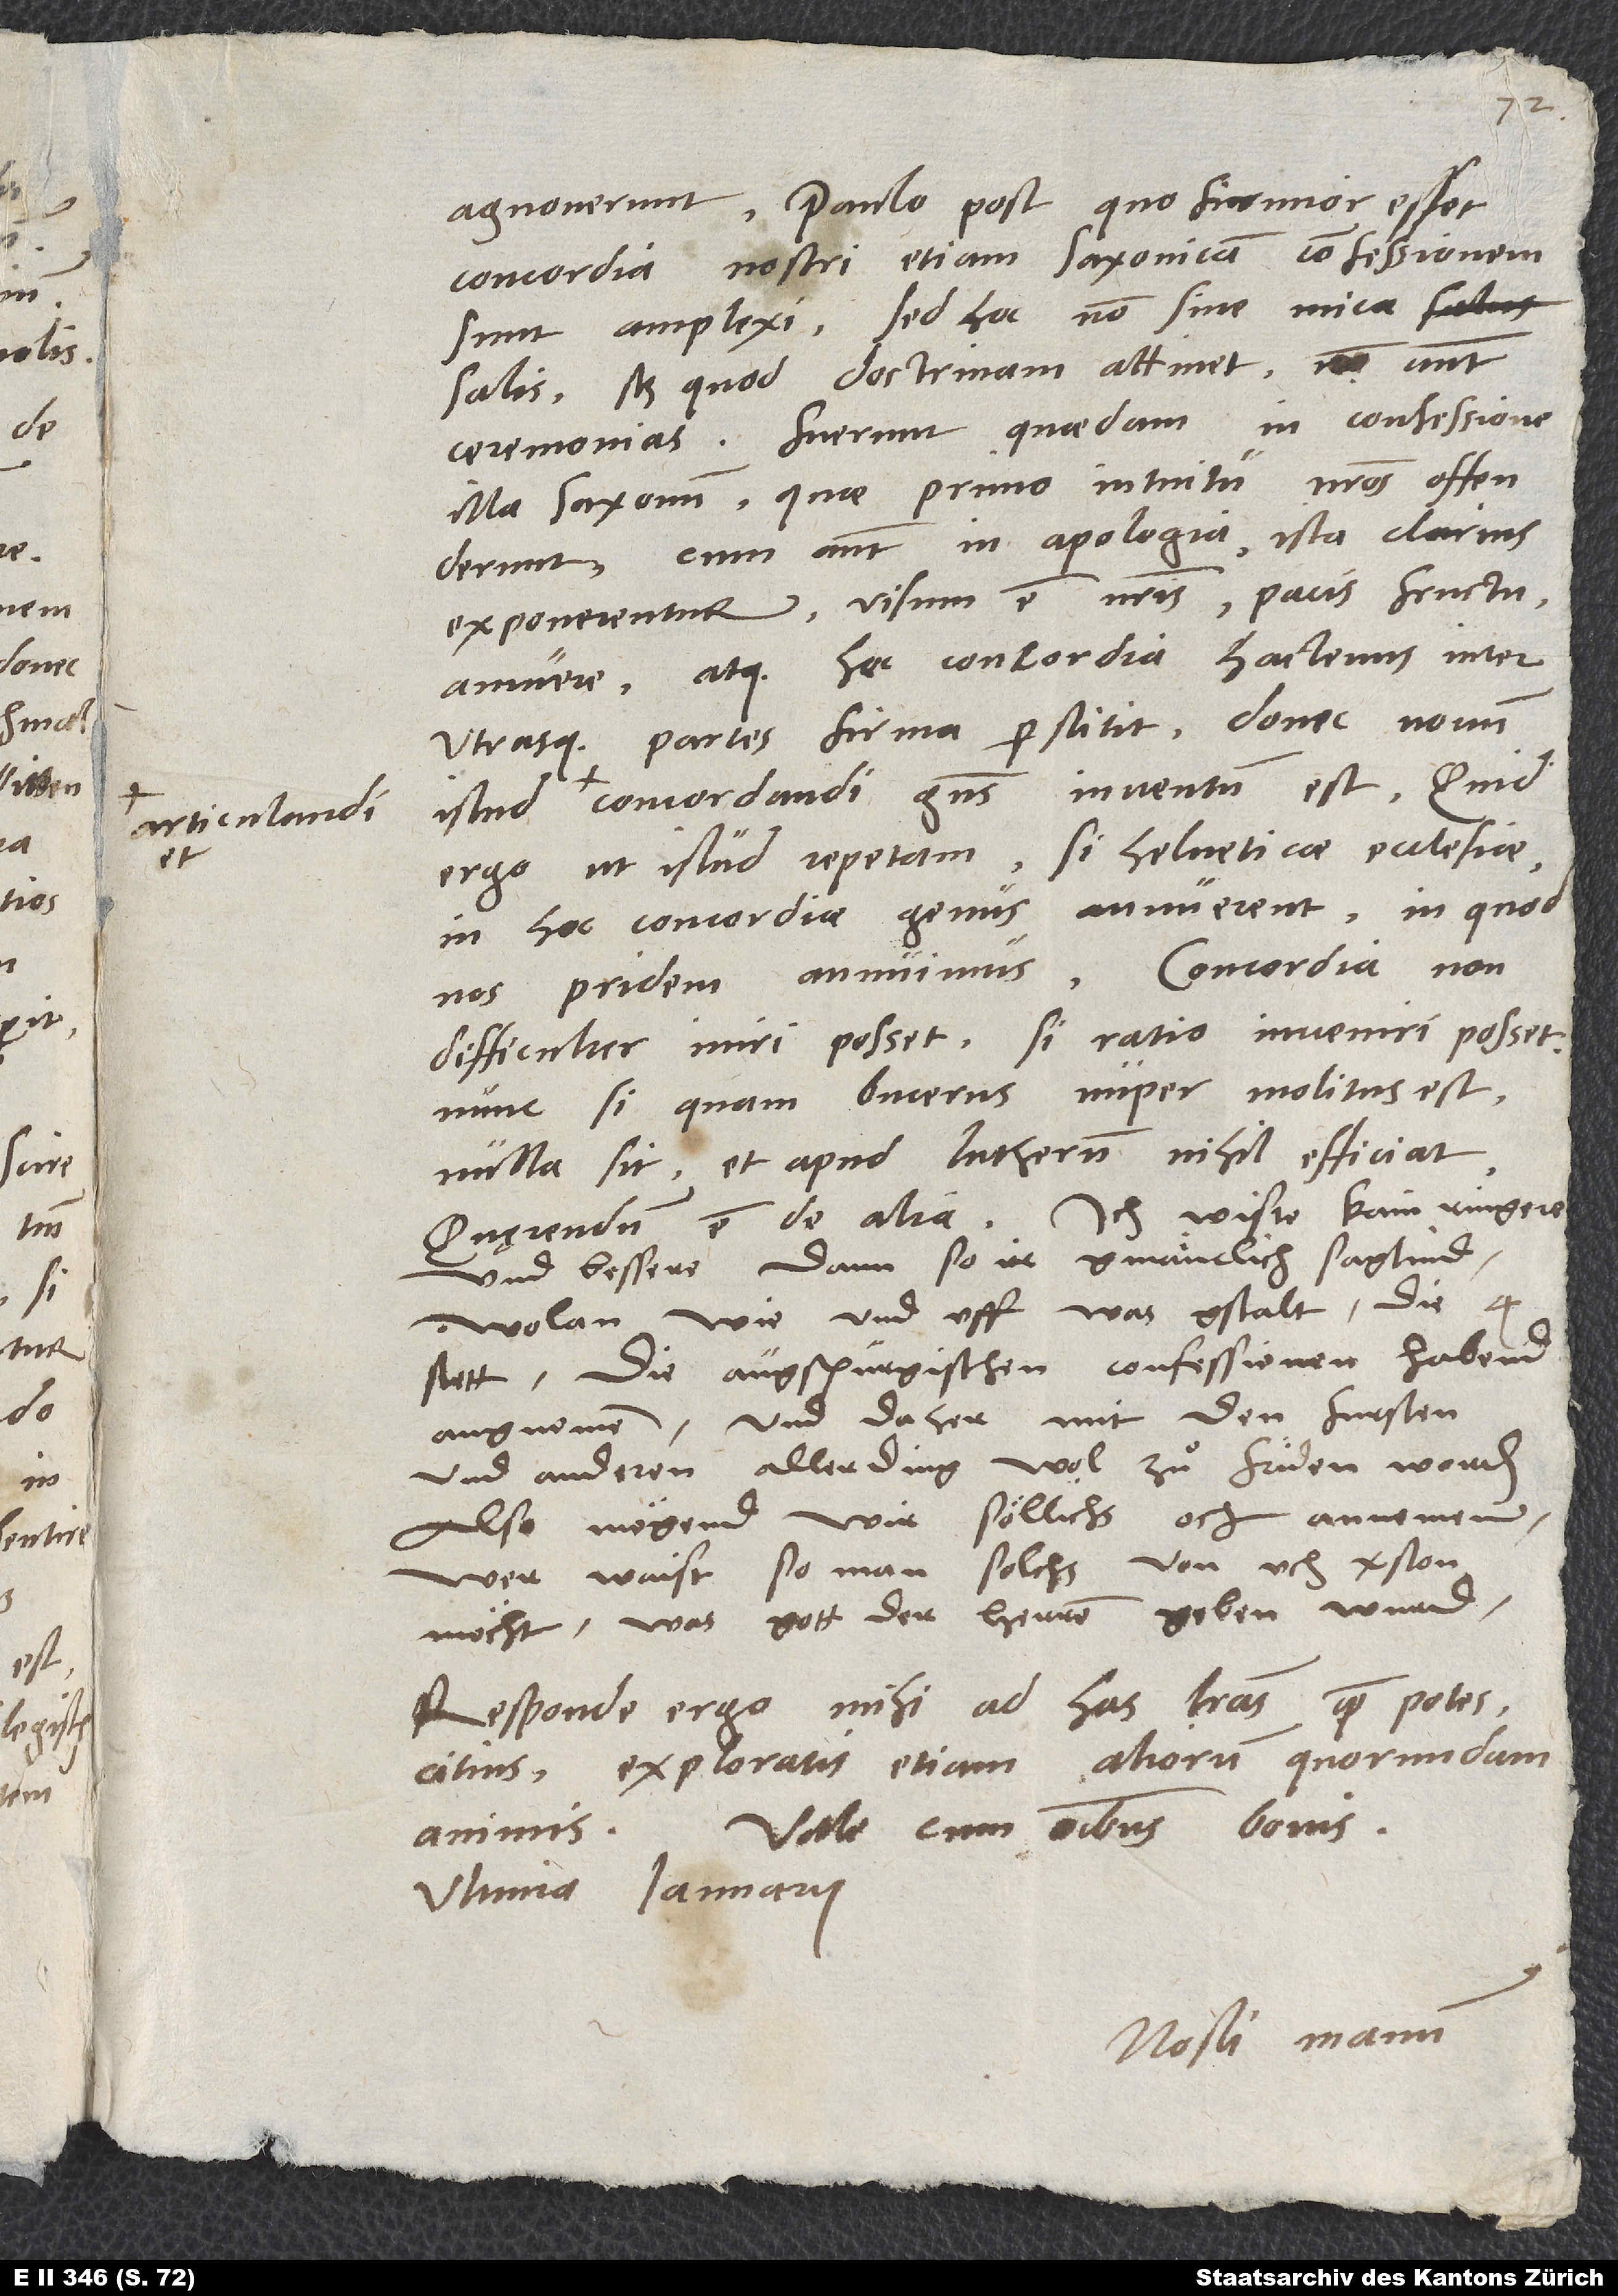
articulandi

agnoverunt. Paulo post, quo firmior esset
concordia, nostri etiam Saxonicam confessionem
sunt amplexi, sed hoc non sine mica
salis, scilicet quod doctrinam attinet, non autem
ceremonias. Fuerunt quaedam in confessione
illa Saxonum, quae primo intuitu nostros offenderunt.
Cum autem in apologia ista clarius
exponerentur, visum est nostris pacis fructu
annuere. Atque haec concordia hactenus inter
utrasque partes firma perstitit, donec novum
ergo, ut istud repetam, si Helveticae ecclesiae
in hoc concordiae genus annuerent, in quod
nos pridem annuimus? Concordia non
difficulter iniri posset, si ratio inveniri posset.
Nunc si, quam Bucerus nuper molitus est,
nulla sit et apud Lutherum nihil efficiat,
quaerendum est de alia. Ich wiste kam ringere
und bessere, dann so ir gmänclich sagtind:
"Wolan, wie und uff was gstalt die 4
stett die augspurgischen confessionen habend
angnomen und daher mit den fursten
und anderen allerding wol zu friden worden,
also mögend wir söllichs och annemen."
Wer waist, so man solchs von uch verston
möcht, was gott der herren geben wurd.
Responde ergo mihi ad has litteras quam potes
citius exploratis etiam aliorum quorundam
Vale cum omnibus bonis.
Ultima ianuarii.
Nosti manum.